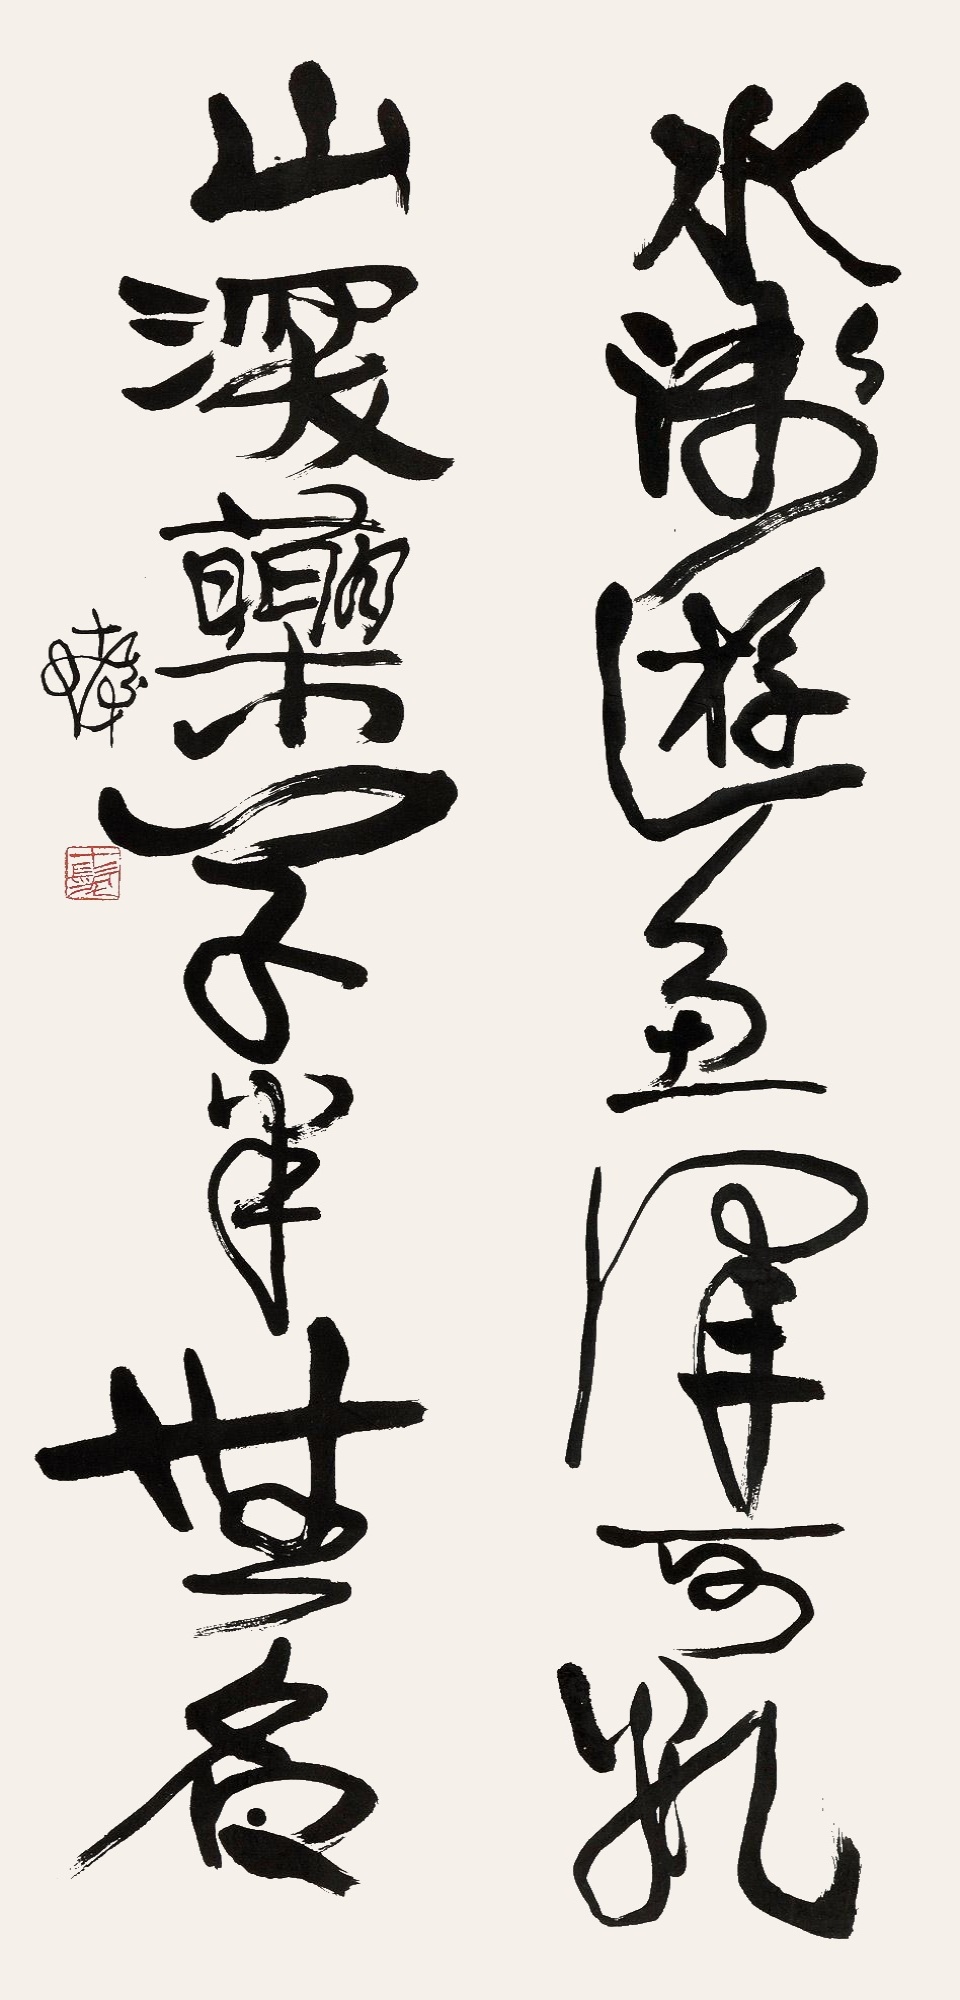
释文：水浅游鱼浑可数，山深药草半无名。十发。